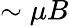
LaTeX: \sim\mu B